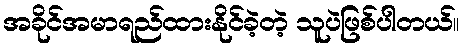
အခိုင်အမာရည်ထားနိုင်ခဲ့တဲ့ သူပဲဖြစ်ပါတယ်။